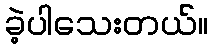
ခဲ့ပါသေးတယ်။